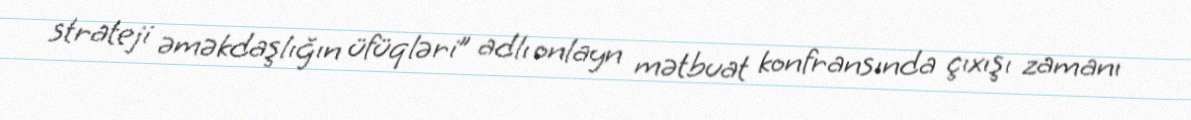
strateji əməkdaşlığın üfüqləri” adlı onlayn mətbuat konfransında çıxışı zamanı